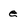
Character: e